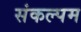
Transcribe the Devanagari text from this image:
संकल्पम